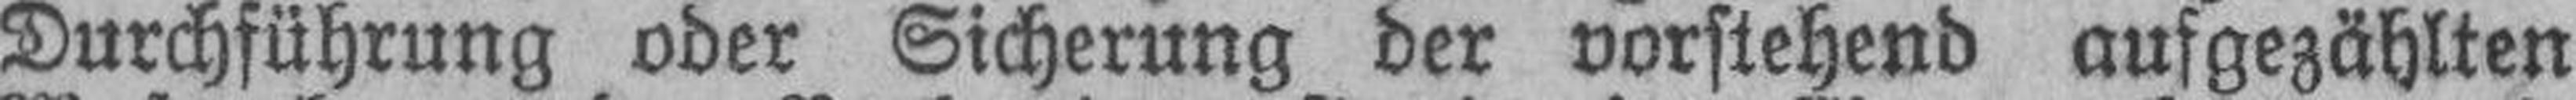
Durchführung oder Sicherung der vorstehend aufgezählten